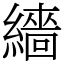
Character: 繬